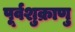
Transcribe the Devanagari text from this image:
पूर्वशुक्राणु